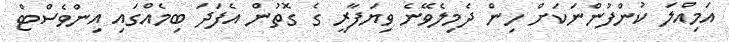
އަމިއްލަ ކުންފުންނަކަށް ހިން ދެމިލެވޭނެ ވިޔަފާރީ ގެ ގޮތުން އެފަދަ ބިމެއްގައި އިންވެސްޓް